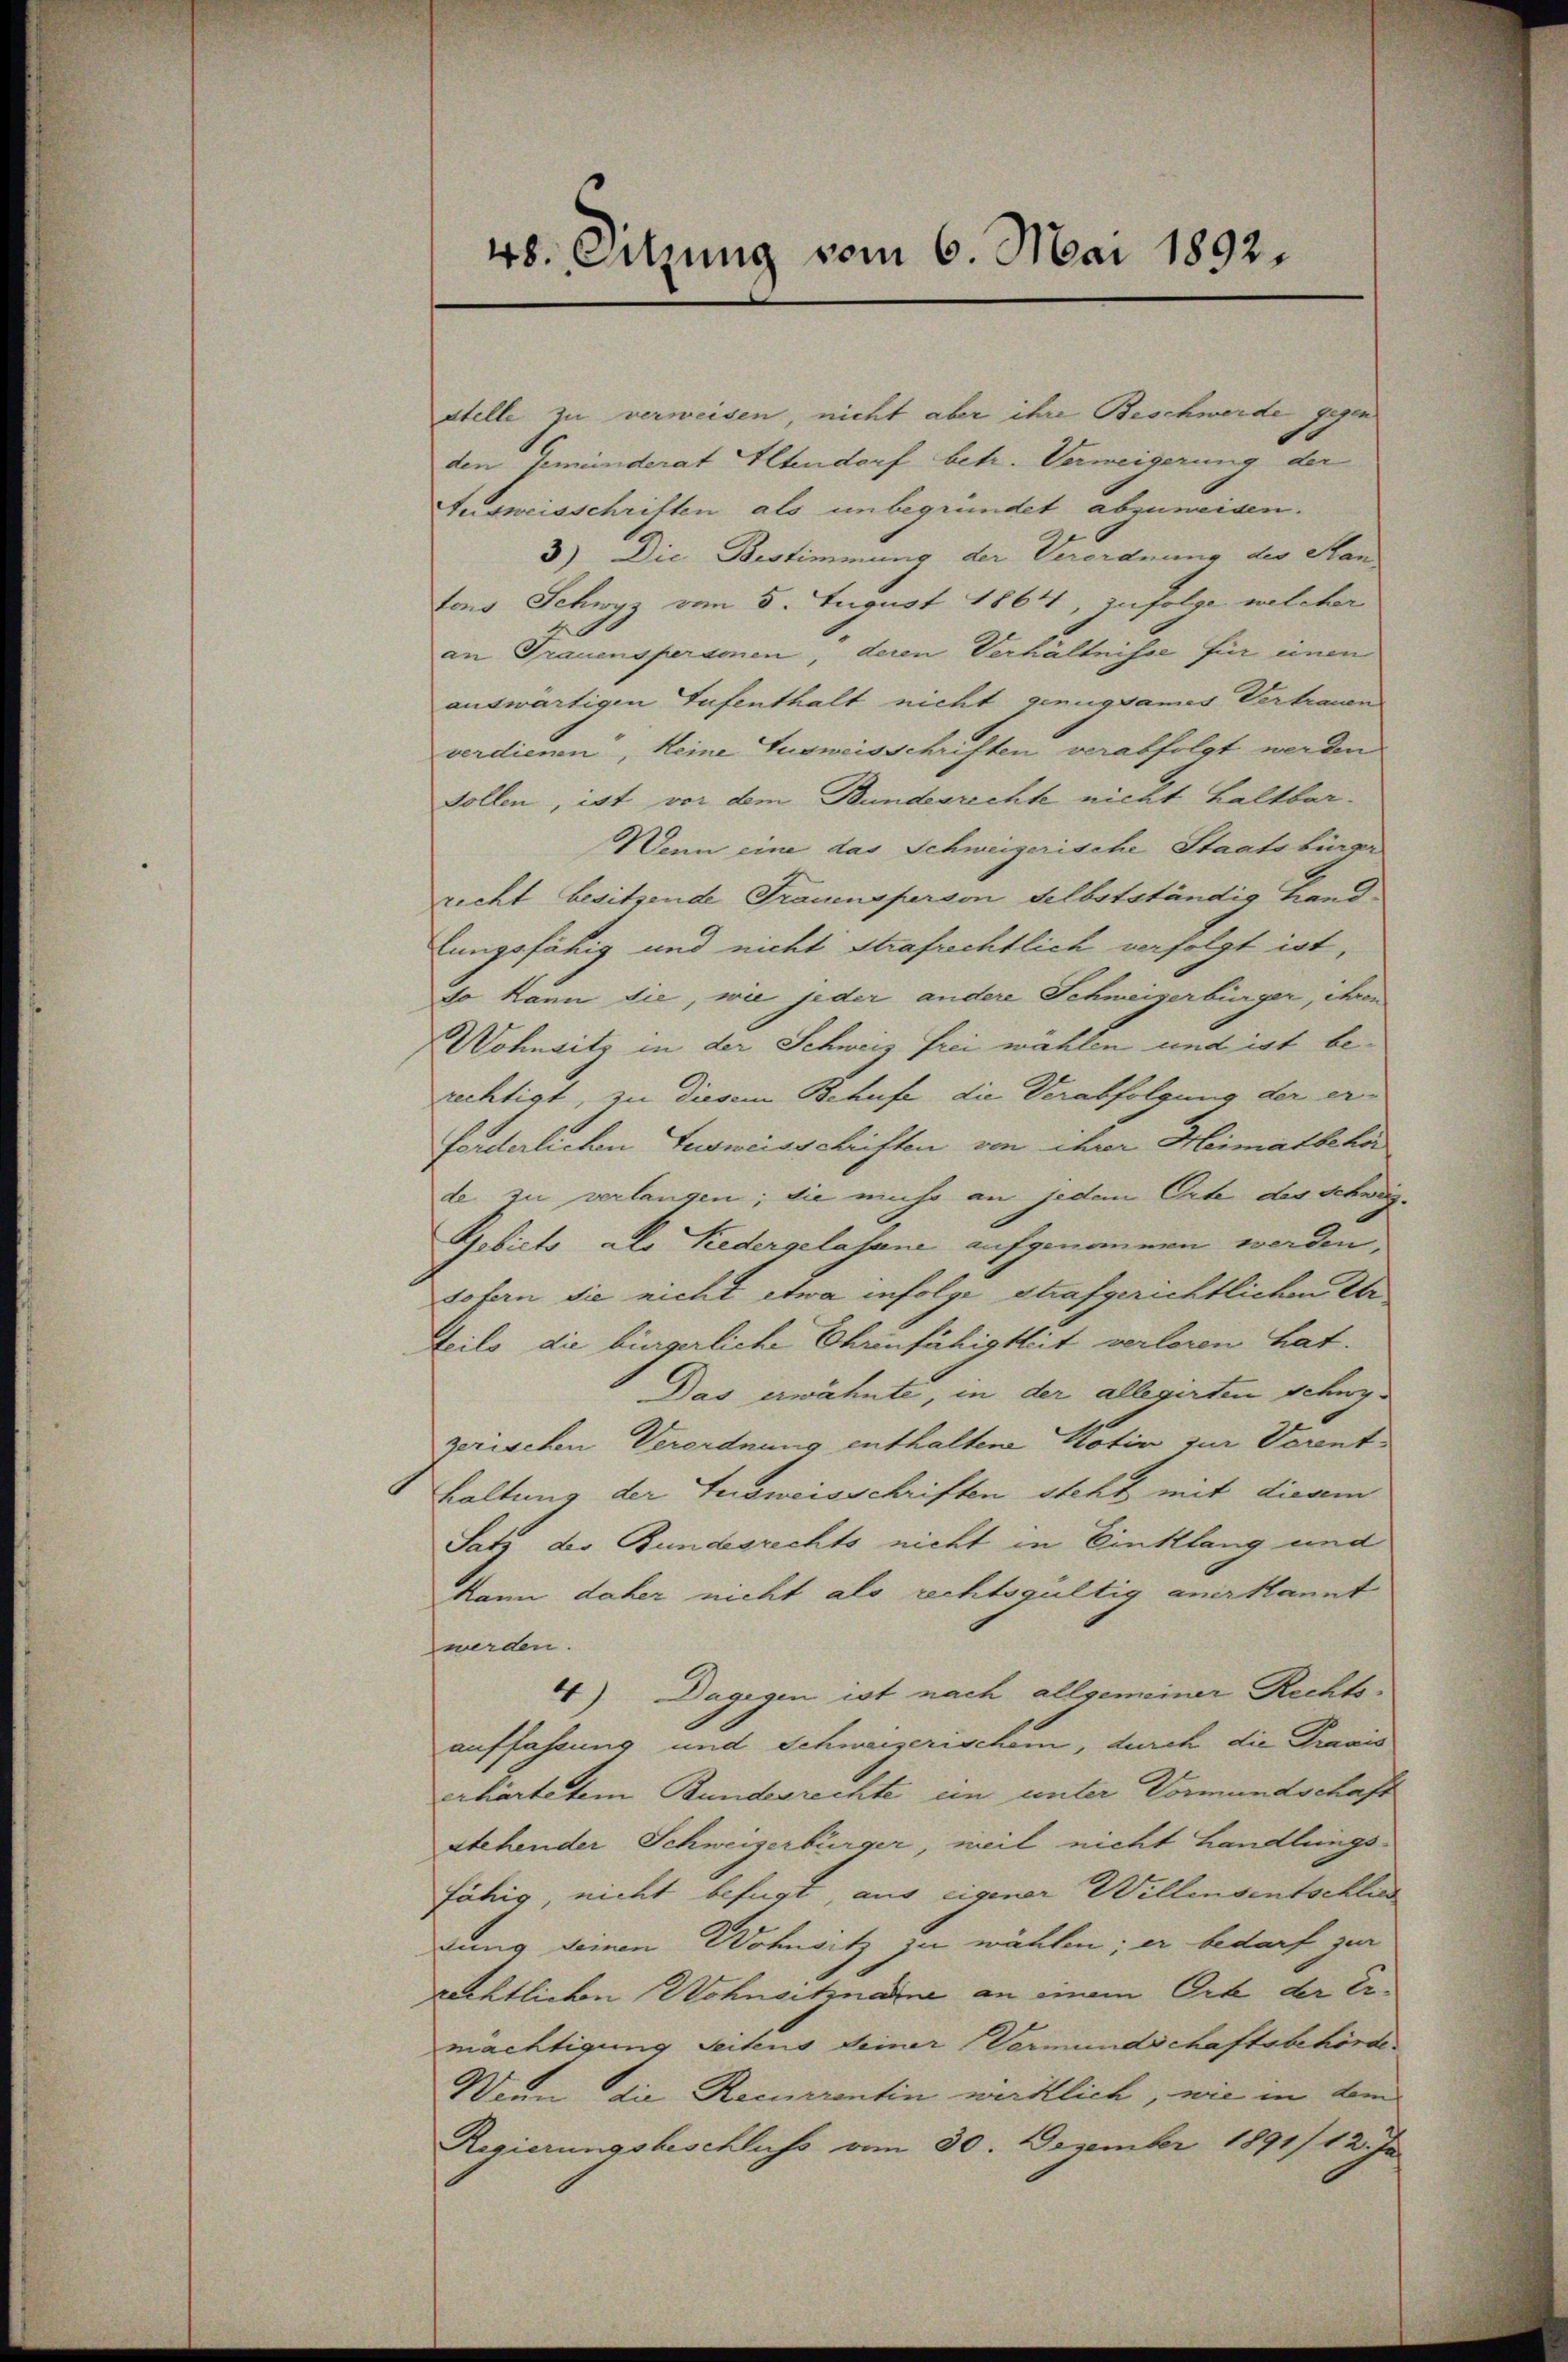
stelle zu verweisen, nicht aber ihre Beschwerde gegen
den Gemeinderat Altendorf betr. Vermeigerung der
Ausweisschriften als unbegründet abzuweisen.
3) Die Bestimmung der Verordnung des Hantons Schwyz vom 5. August 1864, zufolge welcher
an Grauensperamen, deren Verhältnisse für unen
auswärtigen Aufenthalt nicht genugsamer Vertrauen
verdienen, keine Ausweisschriften verabfolgt werden
Sollen, ist vor dem Bundesrechte nicht haltbar-
Wenn eine das Schweizerische Staatsbürge
richt besitzende Trauensperson selbstständig handlungsfähig und nicht strafrechtlich verfolgt ist,
so kann die, wie jeder andere Schweizerbürger, ihren
Wohnsitz in der Schweiz frei wählen und ist berechtigt, zu diesem Behufe die Verabfolgung der erforderlichen Ausweisschriften von ihrer Heimatbeher
de zu verlangen; die muss an jedem Orte des Schwei¬
Bobicto als Redergelasane aufgenommen worden.
sofern die nicht etwa infolge strafgerichtlichen Er
Teils die bürgerliche Ehrenfähigkeit verloren hat.
Das erwähnte, in der allegirten Schwyzerischen Verordnung enthaltene Motiv zur Verenthaltung der Ausweisschriften steht mit diesem
Satz der Bundesrechts nicht in Einklang und
Mann daher nicht als rechtsgültig anerkannt
werden.
4) Dagegen ist nach allgemeiner Rechts-
auffassung und Schweizerischem, durch die Praxis
erhärtetem Bundesrechte ein unter Vormundschaft
stehender Schweizerbürger, weil nicht handlungsfähig, nicht befugt, aus eigener Willensentschlus
dung deinen Wohnsitz zu wählen; er bedarf zur
rechtlichen Wohnsitznamne an einem Ort der Ermächtigung Seitens Deiner Vermundschaftsbehörde
Wenn die Recurrentin wirklich, wie in dem
Regierungsbeschluss vom 30. Dezember 1891/12. Ja

48. Sitzung vom 6. Mai 1892.